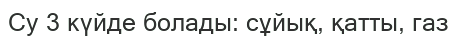
Су 3 күйде болады: сұйық, қатты, газ